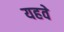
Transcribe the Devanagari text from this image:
यहवे